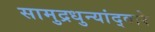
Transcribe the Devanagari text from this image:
सामुद्रधुन्यांद्वारे